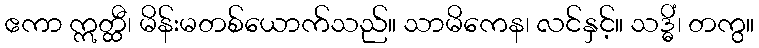
ဧကာ ဣတ္ထီ၊ မိန်းမတစ်ယောက်သည်။ သာမိကေန၊ လင်နှင့်။ သဒ္ဓိံ၊ တကွ။